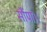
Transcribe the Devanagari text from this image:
सौंपा।।